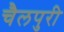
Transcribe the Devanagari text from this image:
चैलपुरी